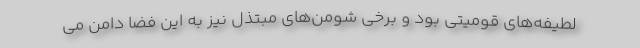
لطیفه‌های قومیتی بود و برخی شومن‌های مبتذل نیز به این فضا دامن می